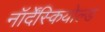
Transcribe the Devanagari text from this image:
नॉर्देंस्कियोल्ड